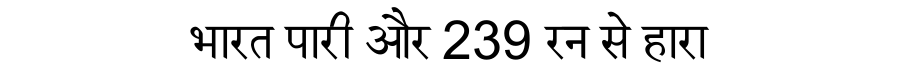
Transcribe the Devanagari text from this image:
भारत पारी और 239 रन से हारा